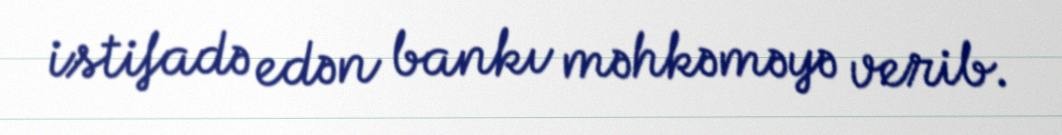
istifadə edən bankı məhkəməyə verib.